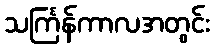
သင်္ကြန်ကာလအတွင်း